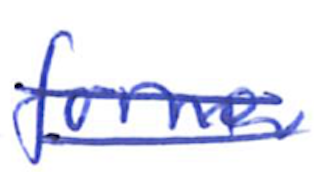
Text: former
Cross-out: double-line
Writing tool: ballpoint